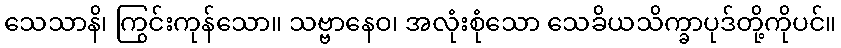
သေသာနိ၊ ကြွင်းကုန်သော။ သဗ္ဗာနေဝ၊ အလုံးစုံသော သေခိယသိက္ခာပုဒ်တို့ကိုပင်။